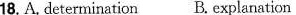
18.A. Derermination B. Explanation